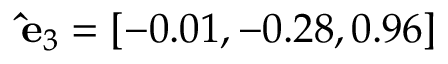
\mathbf { \hat { e } } _ { 3 } = [ - 0 . 0 1 , - 0 . 2 8 , 0 . 9 6 ]